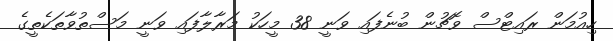
ހިއުމަން ރައިޓްސް ވޮޗުން ބުނެފައި ވަނީ 38 މީހަކު މަރާލާފައި ވަނީ މަސްތުވާތަކެތީގެ